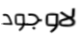
لاوجود